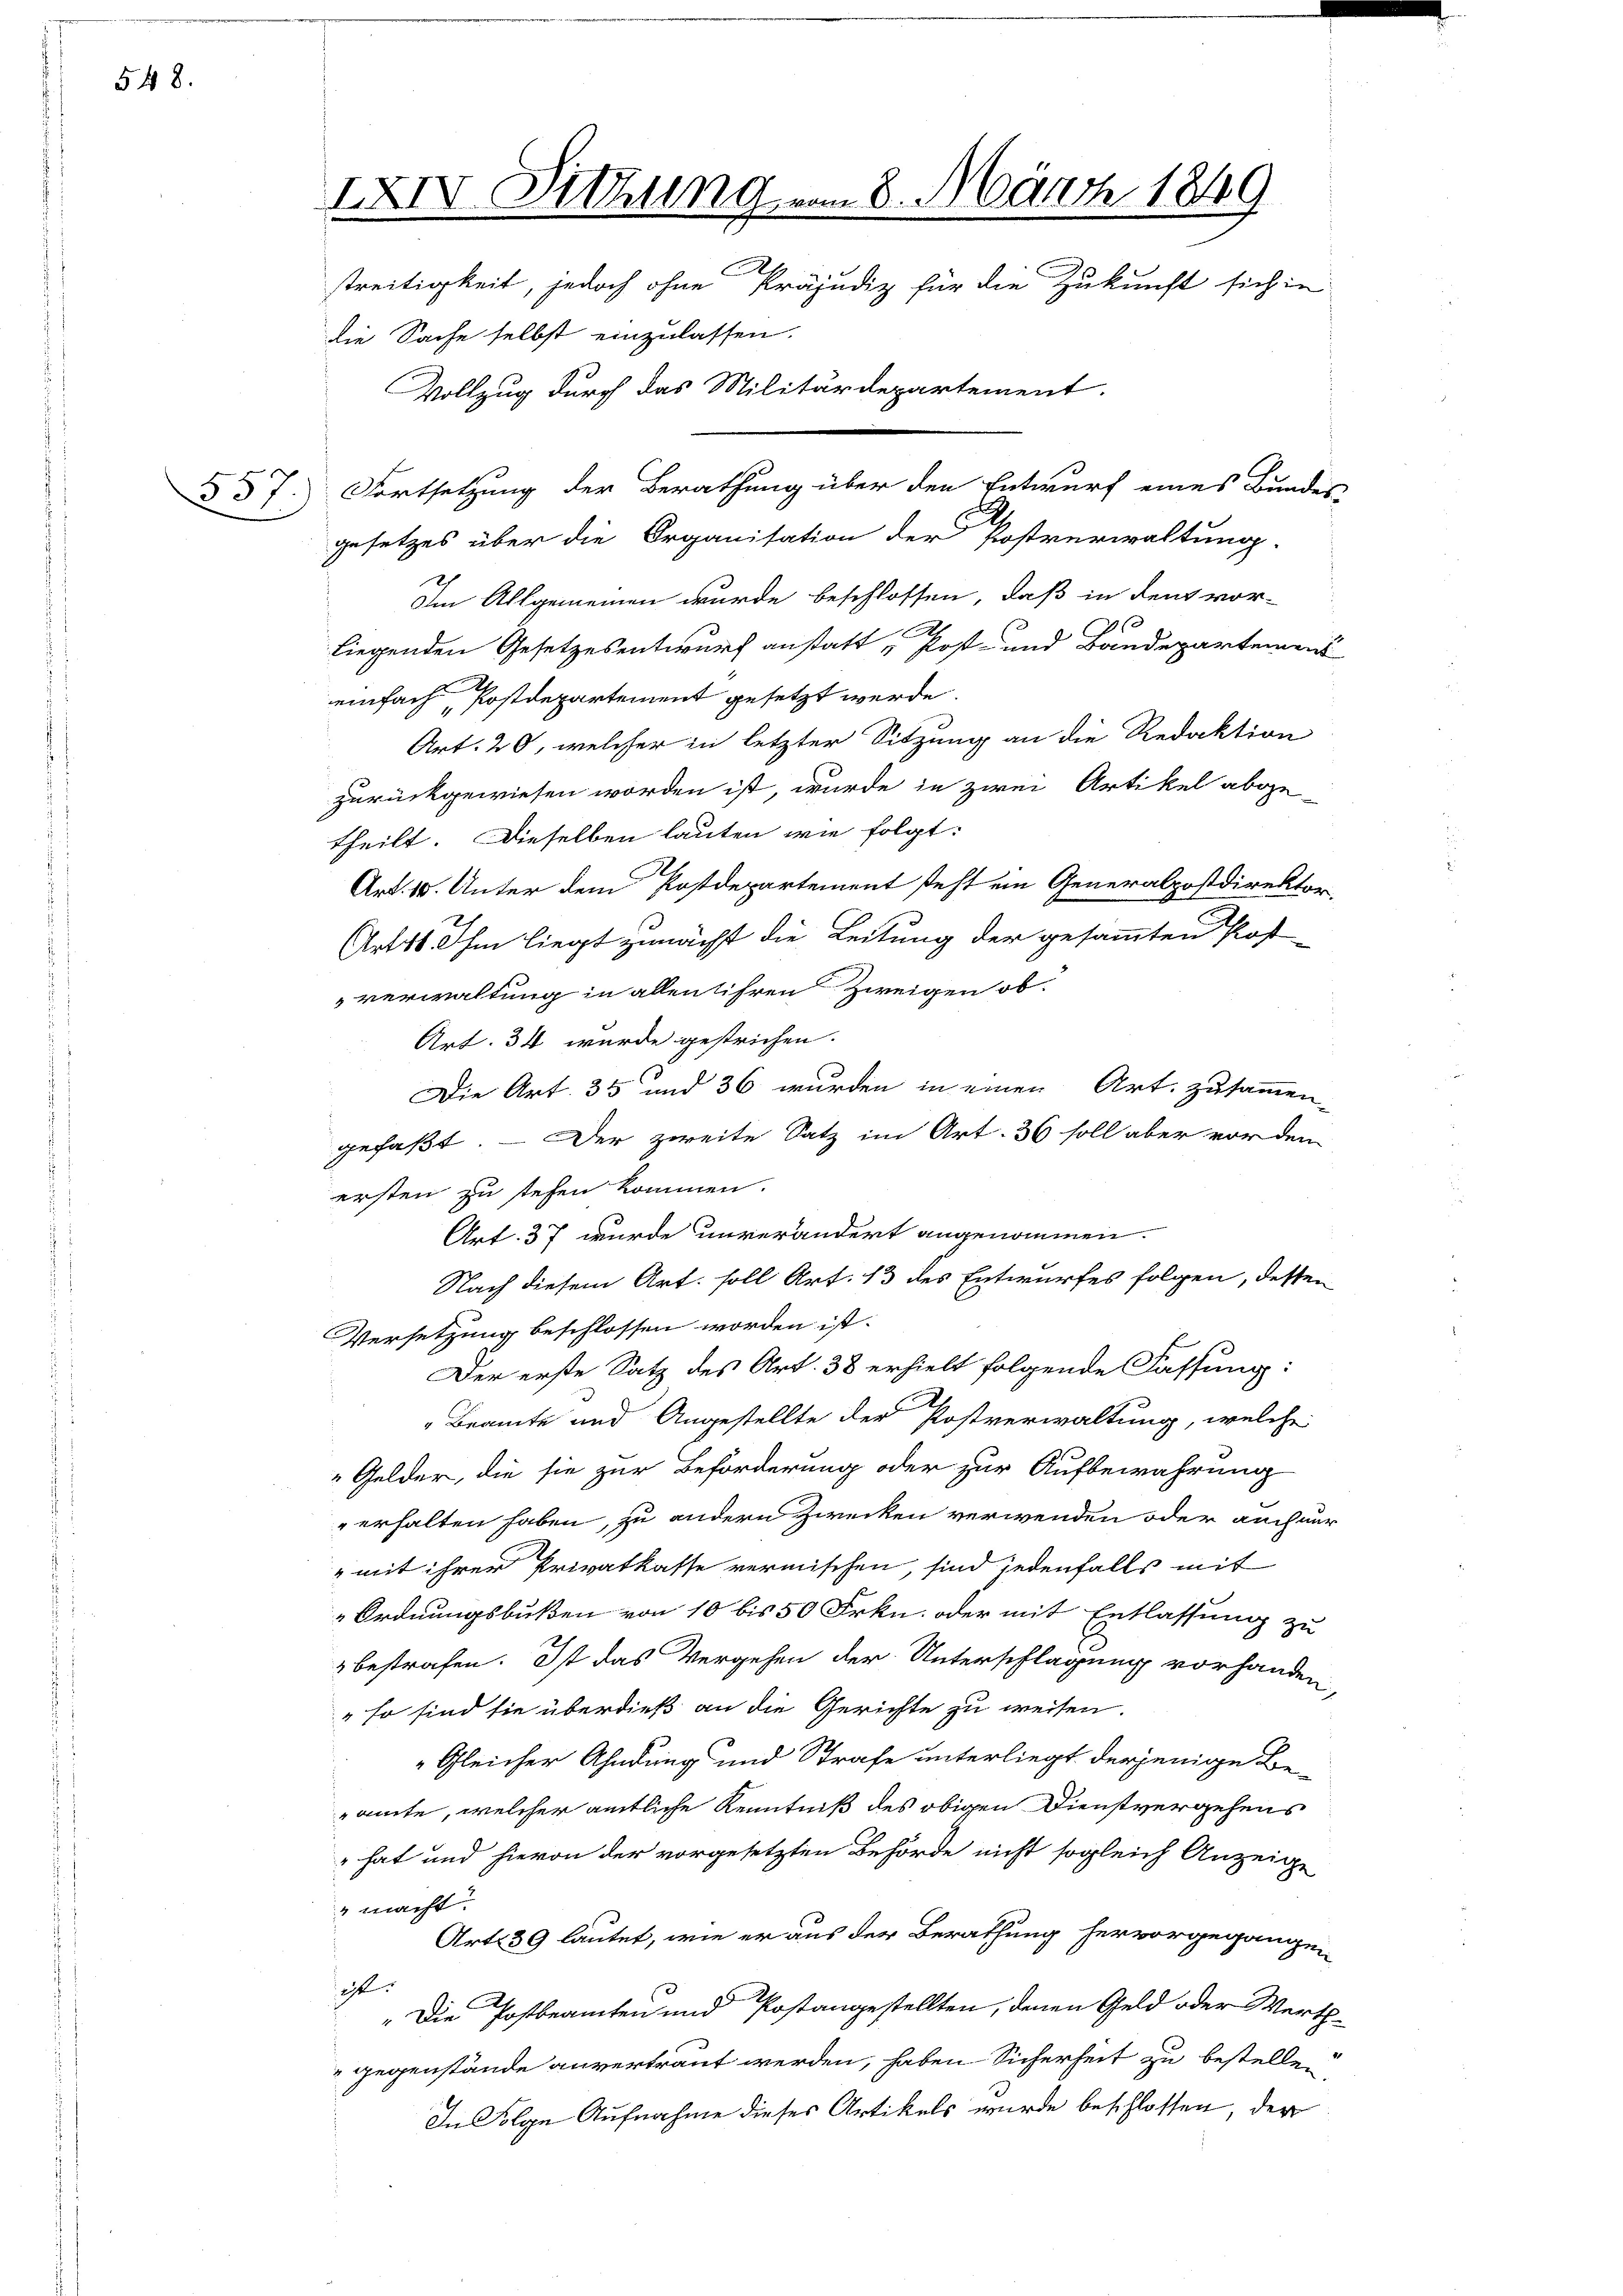
548.

gesetzes über die Organisation der Postverwaltung.
Im Allgemeinen wurde beschlossen, daß in den vor-
90
liegenden Gesetzesentwurf anstatt Post- und Bandepartement
einfach Postdepartement gesetzt werde
Art. 20, welcher in letzter Sitzung an die Redaktion
zurückgewiesen worden ist, wurde in zwei Artikel abge-
theilt. Dieselben lauten wie folgt:
.
Art. 10. Unter dem Postdepartement steht ein Generalpostdirektor,
Artts. Ihm liegt zunächst die Leitung der gesammten Post
verwaltung in allen ihren Zweigen ob.
Art. 34 wurde gestrichen.
Die Art. 35 und 36 wurden in einen Art. zusammen-
gefaßt. — Der zweite Satz im Art. 36 soll aber vorden
ersten zu stehen kommen.
Art. 37 wurde unverändert angenommen.
Nach diesem Art. soll Art. 13 des Entwurfes folgen, dessen
Versetzung beschlossen worden ist.
Der erste Satz des Art. 38 erhielt folgende Fassung:
Bramte und Angestellte der Postverwaltung, welche
Gelder, die sie zur Beförderung oder zur Aufbewahrung
erhalten haben, zu andern Zwecken verwenden oder auch nur
" mit ihrer Privatkasse vermischen, sind jedenfalls mit
Ordnungsbußen von 10 bis 50 Frkn. oder mit Entlassung zu
bestrafen. Ist das Vergehen der Unterschlagung vorhanden,
" so sind sie überdieß an die Gerichte zu weisen.
Gleicher Ahndung und Strafe unterliegt derjenige Be
amte, welcher amtliche Kenntniß des obigen Dienstvergehens
" hat und hievon der vorgesetzten Behörde nicht sogleich Anzeige
 macht.
Art. 39 lautet, wie er aus der Berathung hervorgegangen
est
„Die Postbeamten und Postangestellten, denen Geld oder Werth
" gegenstände anvertraut werden, haben Sicherheit zu bestellen.
In Folge Aufnahme dieses Artikels wurde beschlossen, der

XXIV. Sitzung vom 8. März 1849
Al
streitigkeit, jedoch ohne Präjudiz für die Zukunft sich in
die Sache selbst einzulassen.
Vollzug durch das Militärdepartement.
37.) Fortsetzung der Berathung über den Entwurf eines Bundes-